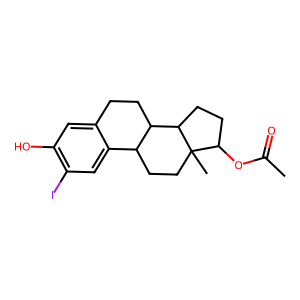
SMILES: CC(=O)OC1CCC2C3CCc4cc(O)c(I)cc4C3CCC12C
Inhibits HIV replication: No